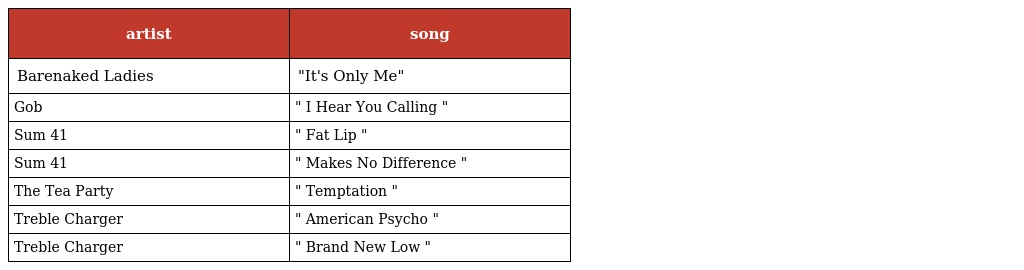
| artist | song |
 | --- | --- |
 | Barenaked Ladies | "It's Only Me" |
 | Gob | " I Hear You Calling " |
 | Sum 41 | " Fat Lip " |
 | Sum 41 | " Makes No Difference " |
 | The Tea Party | " Temptation " |
 | Treble Charger | " American Psycho " |
 | Treble Charger | " Brand New Low " |